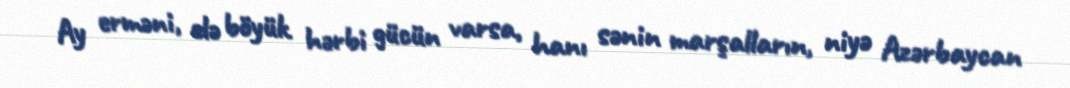
Ay erməni, elə böyük hərbi gücün varsa, hanı sənin marşalların, niyə Azərbaycan